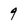
Character: 9